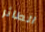
الطائر